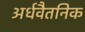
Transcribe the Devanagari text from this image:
अर्धवैतनिक